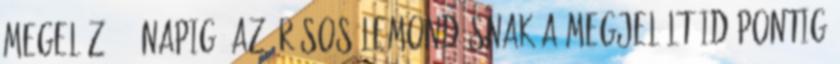
megelőző 7. napig. Az írásos lemondásnak a megjelölt időpontig